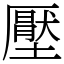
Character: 壓